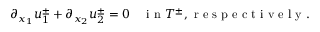
\begin{array} { r } { \partial _ { x _ { 1 } } u _ { 1 } ^ { \pm } + \partial _ { x _ { 2 } } u _ { 2 } ^ { \pm } = 0 \quad \mathrm { ~ i ~ n ~ } T ^ { \pm } , \mathrm { ~ r ~ e ~ s ~ p ~ e ~ c ~ t ~ i ~ v ~ e ~ l ~ y ~ . ~ } } \end{array}